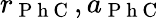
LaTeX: r_{\mathrm{~P~h~C~}},a_{\mathrm{~P~h~C~}}